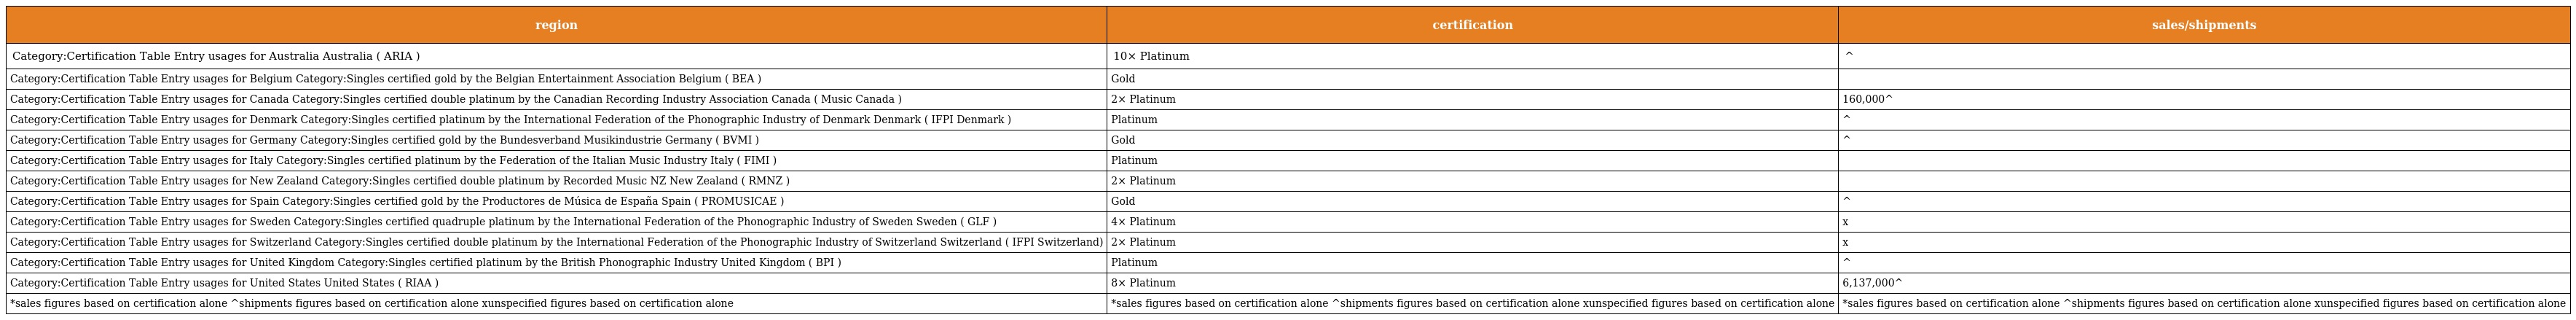
| region | certification | sales/shipments |
 | --- | --- | --- |
 | Category:Certification Table Entry usages for Australia Australia ( ARIA ) | 10× Platinum | ^ |
 | Category:Certification Table Entry usages for Belgium Category:Singles certified gold by the Belgian Entertainment Association Belgium ( BEA ) | Gold |  |
 | Category:Certification Table Entry usages for Canada Category:Singles certified double platinum by the Canadian Recording Industry Association Canada ( Music Canada ) | 2× Platinum | 160,000^ |
 | Category:Certification Table Entry usages for Denmark Category:Singles certified platinum by the International Federation of the Phonographic Industry of Denmark Denmark ( IFPI Denmark ) | Platinum | ^ |
 | Category:Certification Table Entry usages for Germany Category:Singles certified gold by the Bundesverband Musikindustrie Germany ( BVMI ) | Gold | ^ |
 | Category:Certification Table Entry usages for Italy Category:Singles certified platinum by the Federation of the Italian Music Industry Italy ( FIMI ) | Platinum |  |
 | Category:Certification Table Entry usages for New Zealand Category:Singles certified double platinum by Recorded Music NZ New Zealand ( RMNZ ) | 2× Platinum |  |
 | Category:Certification Table Entry usages for Spain Category:Singles certified gold by the Productores de Música de España Spain ( PROMUSICAE ) | Gold | ^ |
 | Category:Certification Table Entry usages for Sweden Category:Singles certified quadruple platinum by the International Federation of the Phonographic Industry of Sweden Sweden ( GLF ) | 4× Platinum | x |
 | Category:Certification Table Entry usages for Switzerland Category:Singles certified double platinum by the International Federation of the Phonographic Industry of Switzerland Switzerland ( IFPI Switzerland) | 2× Platinum | x |
 | Category:Certification Table Entry usages for United Kingdom Category:Singles certified platinum by the British Phonographic Industry United Kingdom ( BPI ) | Platinum | ^ |
 | Category:Certification Table Entry usages for United States United States ( RIAA ) | 8× Platinum | 6,137,000^ |
 | *sales figures based on certification alone ^shipments figures based on certification alone xunspecified figures based on certification alone | *sales figures based on certification alone ^shipments figures based on certification alone xunspecified figures based on certification alone | *sales figures based on certification alone ^shipments figures based on certification alone xunspecified figures based on certification alone |